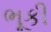
ભૂકી